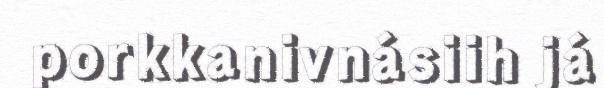
porkkanivnásiih já